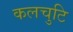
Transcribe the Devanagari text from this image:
कलचुटि